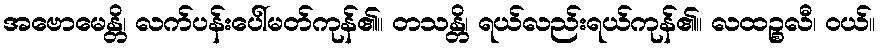
အဗောမေန္တိ၊ လက်ပန်းပေါ်မတ်ကုန်၏။ တသန္တိ၊ ရယ်လည်းရယ်ကုန်၏။ လထဉ္စလီ၊ ဝယ်။